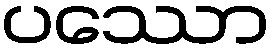
ပဿော